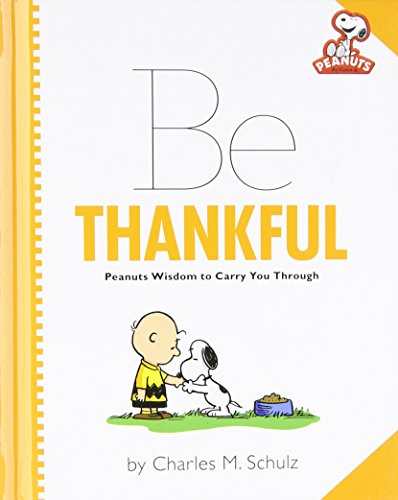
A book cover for Peanuts: Be Thankful (Peanuts (Running Press)); Charles M. Schulz; Children's Books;